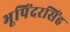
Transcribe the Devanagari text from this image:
भूपिंदरसिंह